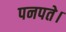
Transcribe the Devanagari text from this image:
पनपते।